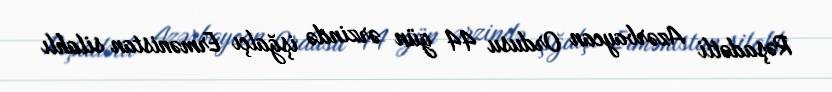
Rəşadətli Azərbaycan Ordusu 44 gün ərzində işğalçı Ermənistan silahlı